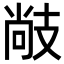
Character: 𢻒